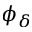
\phi _ { \delta }